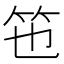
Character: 竾